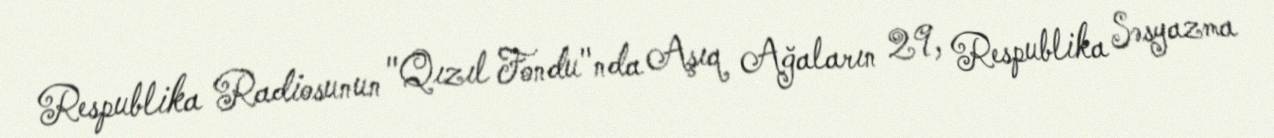
Respublika Radiosunun "Qızıl Fondu"nda Aşıq Ağaların 29, Respublika Səsyazma